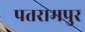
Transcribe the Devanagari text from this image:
पतरामपुर